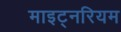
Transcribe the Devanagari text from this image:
माइट्नरियम